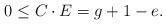
LaTeX: \begin{align*} 0 \leq C\cdot E = g+1-e.\end{align*}